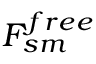
F _ { s m } ^ { f r e e }